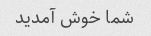
شما خوش آمدید